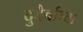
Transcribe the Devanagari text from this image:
दुदैर्वाच्या